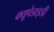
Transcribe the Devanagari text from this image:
क्यूपेडाइडी